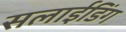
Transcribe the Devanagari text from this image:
सलाईडिंग